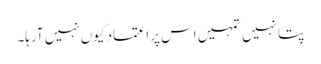
پتا نہیں تمہیں اس پر اعتماد کیوں نہیں آرہا۔